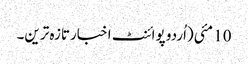
10 مئی(اُردو پوائنٹ اخبارتازہ ترین۔